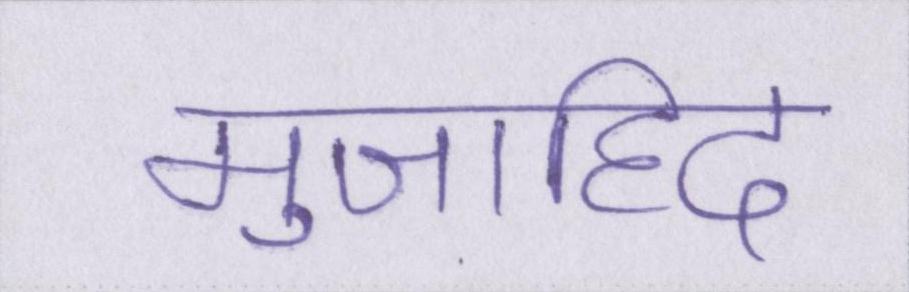
मुजाहिद